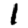
Digit: 1